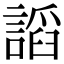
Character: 謟